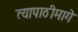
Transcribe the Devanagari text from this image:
त्यापाठीमागे